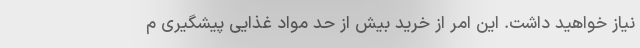
نیاز خواهید داشت. این امر از خرید بیش‌ از حد مواد غذایی پیشگیری م